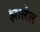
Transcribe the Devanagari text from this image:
झालेल